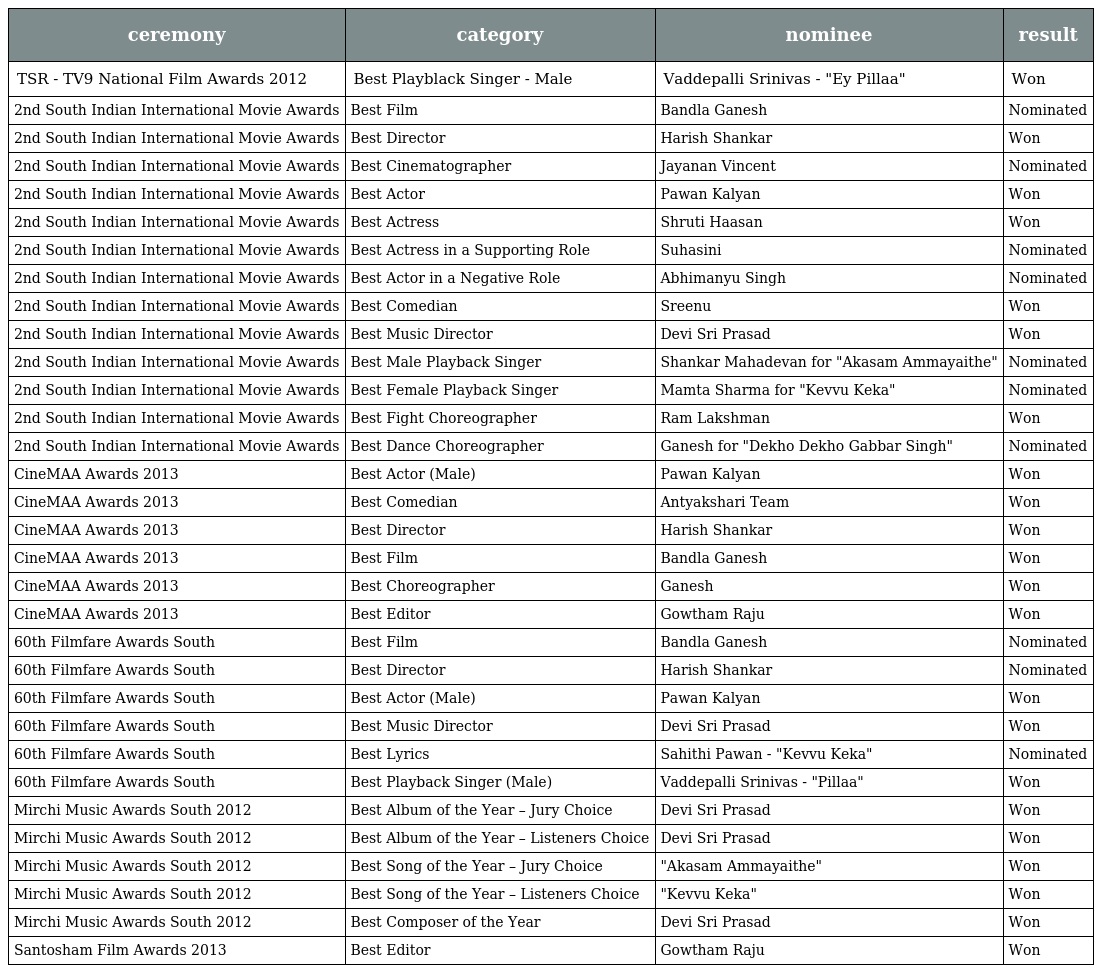
| ceremony | category | nominee | result |
 | --- | --- | --- | --- |
 | TSR - TV9 National Film Awards 2012 | Best Playblack Singer - Male | Vaddepalli Srinivas - "Ey Pillaa" | Won |
 | 2nd South Indian International Movie Awards | Best Film | Bandla Ganesh | Nominated |
 | 2nd South Indian International Movie Awards | Best Director | Harish Shankar | Won |
 | 2nd South Indian International Movie Awards | Best Cinematographer | Jayanan Vincent | Nominated |
 | 2nd South Indian International Movie Awards | Best Actor | Pawan Kalyan | Won |
 | 2nd South Indian International Movie Awards | Best Actress | Shruti Haasan | Won |
 | 2nd South Indian International Movie Awards | Best Actress in a Supporting Role | Suhasini | Nominated |
 | 2nd South Indian International Movie Awards | Best Actor in a Negative Role | Abhimanyu Singh | Nominated |
 | 2nd South Indian International Movie Awards | Best Comedian | Sreenu | Won |
 | 2nd South Indian International Movie Awards | Best Music Director | Devi Sri Prasad | Won |
 | 2nd South Indian International Movie Awards | Best Male Playback Singer | Shankar Mahadevan for "Akasam Ammayaithe" | Nominated |
 | 2nd South Indian International Movie Awards | Best Female Playback Singer | Mamta Sharma for "Kevvu Keka" | Nominated |
 | 2nd South Indian International Movie Awards | Best Fight Choreographer | Ram Lakshman | Won |
 | 2nd South Indian International Movie Awards | Best Dance Choreographer | Ganesh for "Dekho Dekho Gabbar Singh" | Nominated |
 | CineMAA Awards 2013 | Best Actor (Male) | Pawan Kalyan | Won |
 | CineMAA Awards 2013 | Best Comedian | Antyakshari Team | Won |
 | CineMAA Awards 2013 | Best Director | Harish Shankar | Won |
 | CineMAA Awards 2013 | Best Film | Bandla Ganesh | Won |
 | CineMAA Awards 2013 | Best Choreographer | Ganesh | Won |
 | CineMAA Awards 2013 | Best Editor | Gowtham Raju | Won |
 | 60th Filmfare Awards South | Best Film | Bandla Ganesh | Nominated |
 | 60th Filmfare Awards South | Best Director | Harish Shankar | Nominated |
 | 60th Filmfare Awards South | Best Actor (Male) | Pawan Kalyan | Won |
 | 60th Filmfare Awards South | Best Music Director | Devi Sri Prasad | Won |
 | 60th Filmfare Awards South | Best Lyrics | Sahithi Pawan - "Kevvu Keka" | Nominated |
 | 60th Filmfare Awards South | Best Playback Singer (Male) | Vaddepalli Srinivas - "Pillaa" | Won |
 | Mirchi Music Awards South 2012 | Best Album of the Year – Jury Choice | Devi Sri Prasad | Won |
 | Mirchi Music Awards South 2012 | Best Album of the Year – Listeners Choice | Devi Sri Prasad | Won |
 | Mirchi Music Awards South 2012 | Best Song of the Year – Jury Choice | "Akasam Ammayaithe" | Won |
 | Mirchi Music Awards South 2012 | Best Song of the Year – Listeners Choice | "Kevvu Keka" | Won |
 | Mirchi Music Awards South 2012 | Best Composer of the Year | Devi Sri Prasad | Won |
 | Santosham Film Awards 2013 | Best Editor | Gowtham Raju | Won |